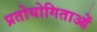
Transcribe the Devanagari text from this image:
प्रतोयोगिताओं